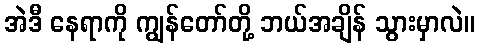
အဲဒီ နေရာကို ကျွန်တော်တို့ ဘယ်အချိန် သွားမှာလဲ။